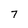
Character: 7